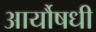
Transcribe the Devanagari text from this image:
आर्यौषधी